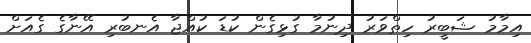
އިމާމު ޝަބީރު ހިތްވަރު ދިނުމާ ގުޅިގެން ކުޑަ ކުއްޖާ އެނބުރި އޭނާގެ ގެއަށް